Report on vaccination for the Province of Oudh 1872 -
Year: 1872
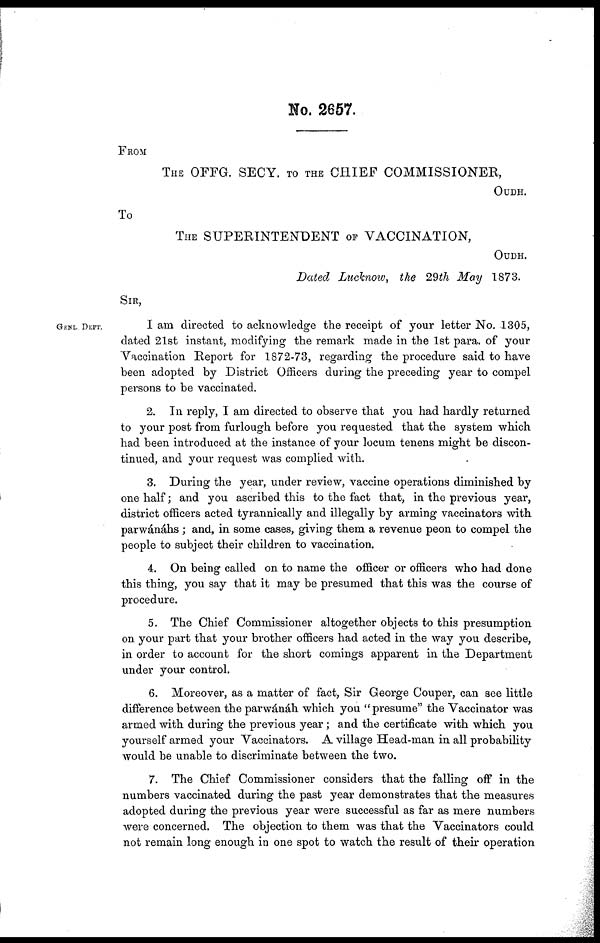
No. 2657.
FROM
THE OFFG. SECY. TO THE CHIEF COMMISSIONER,
OUDH.
To
THE SUPERINTENDENT OF VACCINATION,
OUDH.
Dated Lucknow, the 29th May 1873.
SIR,
GENL. DEPT.
I am directed to acknowledge the receipt of your letter No. 1305,
dated 21st instant, modifying the remark made in the 1st para. of your
Vaccination Report for 1872-73, regarding the procedure said to have
been adopted by District Officers during the preceding year to compel
persons to be vaccinated.
2. In reply, I am directed to observe that you had hardly returned
to your post from furlough before you requested that the system which
had been introduced at the instance of your locum tenens might be discon-
tinued, and your request was complied with.
3. During the year, under review, vaccine operations diminished by
one half; and you ascribed this to the fact that, in the previous year,
district officers acted tyrannically and illegally by arming vaccinators with
parwánáhs ; and, in some cases, giving them a revenue peon to compel the
people to subject their children to vaccination.
4. On being called on to name the officer or officers who had done
this thing, you say that it may be presumed that this was the course of
procedure.
5. The Chief Commissioner altogether objects to this presumption
on your part that your brother officers had acted in the way you describe,
in order to account for the short comings apparent in the Department
under your control.
6. Moreover, as a matter of fact, Sir George Couper, can see little
difference between the parwánáh which you " presume" the Vaccinator was
armed with during the previous year; and the certificate with which you
yourself armed your Vaccinators. A village Head-man in all probability
would be unable to discriminate between the two.
7. The Chief Commissioner considers that the falling off in the
numbers vaccinated during the past year demonstrates that the measures
adopted during the previous year were successful as far as mere numbers
were concerned. The objection to them was that the Vaccinators could
not remain long enough in one spot to watch the result of their operation